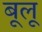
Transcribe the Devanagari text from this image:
बूलू